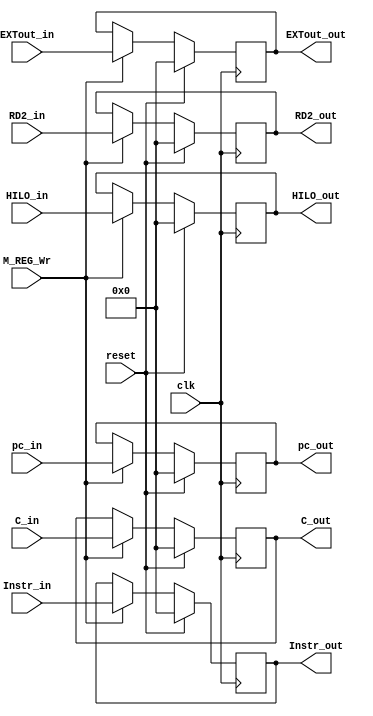
module M_REG (
    input wire clk,
    input wire reset,
    input wire M_REG_Wr,
    input wire [31:0] Instr_in,
    input wire [31:0] pc_in,
    input wire [31:0] C_in,
    input wire [31:0] EXTout_in,
    input wire [31:0] RD2_in,
    input wire [31:0] HILO_in,
    output reg [31:0] Instr_out,
    output reg [31:0] pc_out,
    output reg [31:0] C_out,
    output reg [31:0] EXTout_out,
    output reg [31:0] RD2_out,
    output reg [31:0] HILO_out
);
    always @(posedge clk) begin
        if (reset) begin
            Instr_out <= 0;
            pc_out <= 0;
            C_out <= 0;
            EXTout_out <= 0;
            RD2_out <= 0;
            HILO_out <= 0;
        end
        else if (M_REG_Wr) begin
            Instr_out <= Instr_in;
            pc_out <= pc_in;
            C_out <= C_in;
            EXTout_out <= EXTout_in;
            RD2_out <= RD2_in;
            HILO_out <= HILO_in;
        end
    end
endmodule